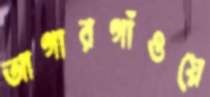
আগারগাঁওয়ে